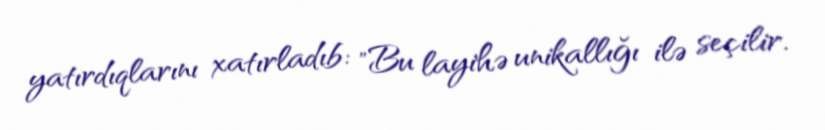
yatırdıqlarını xatırladıb: "Bu layihə unikallığı ilə seçilir.